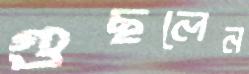
গুছলেন